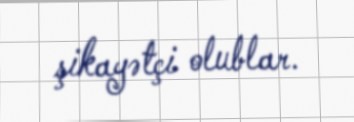
şikayətçi olublar.